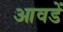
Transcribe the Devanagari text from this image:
आवडें